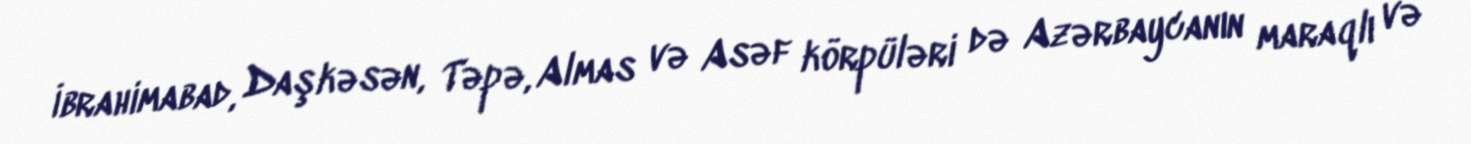
İbrahimabad, Daşkəsən, Təpə, Almas və Asəf körpüləri də Azərbaycanın maraqlı və